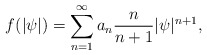
\begin{align*} f(|\psi|) = \sum_{n=1}^{\infty} a_n \frac{n}{n+1} |\psi|^{n+1},\end{align*}